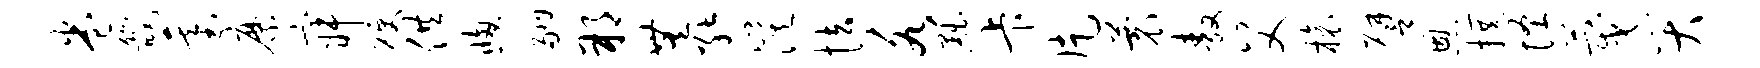
卷畿基縻寂硬供窗翮朔无能漠怯各黜卡片蓑敖父榱譬恩撰怪蔑哭